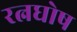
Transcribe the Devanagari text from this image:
रत्नघोष